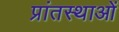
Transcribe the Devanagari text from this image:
प्रांतस्थाओं